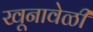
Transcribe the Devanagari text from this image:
खूनावेळी